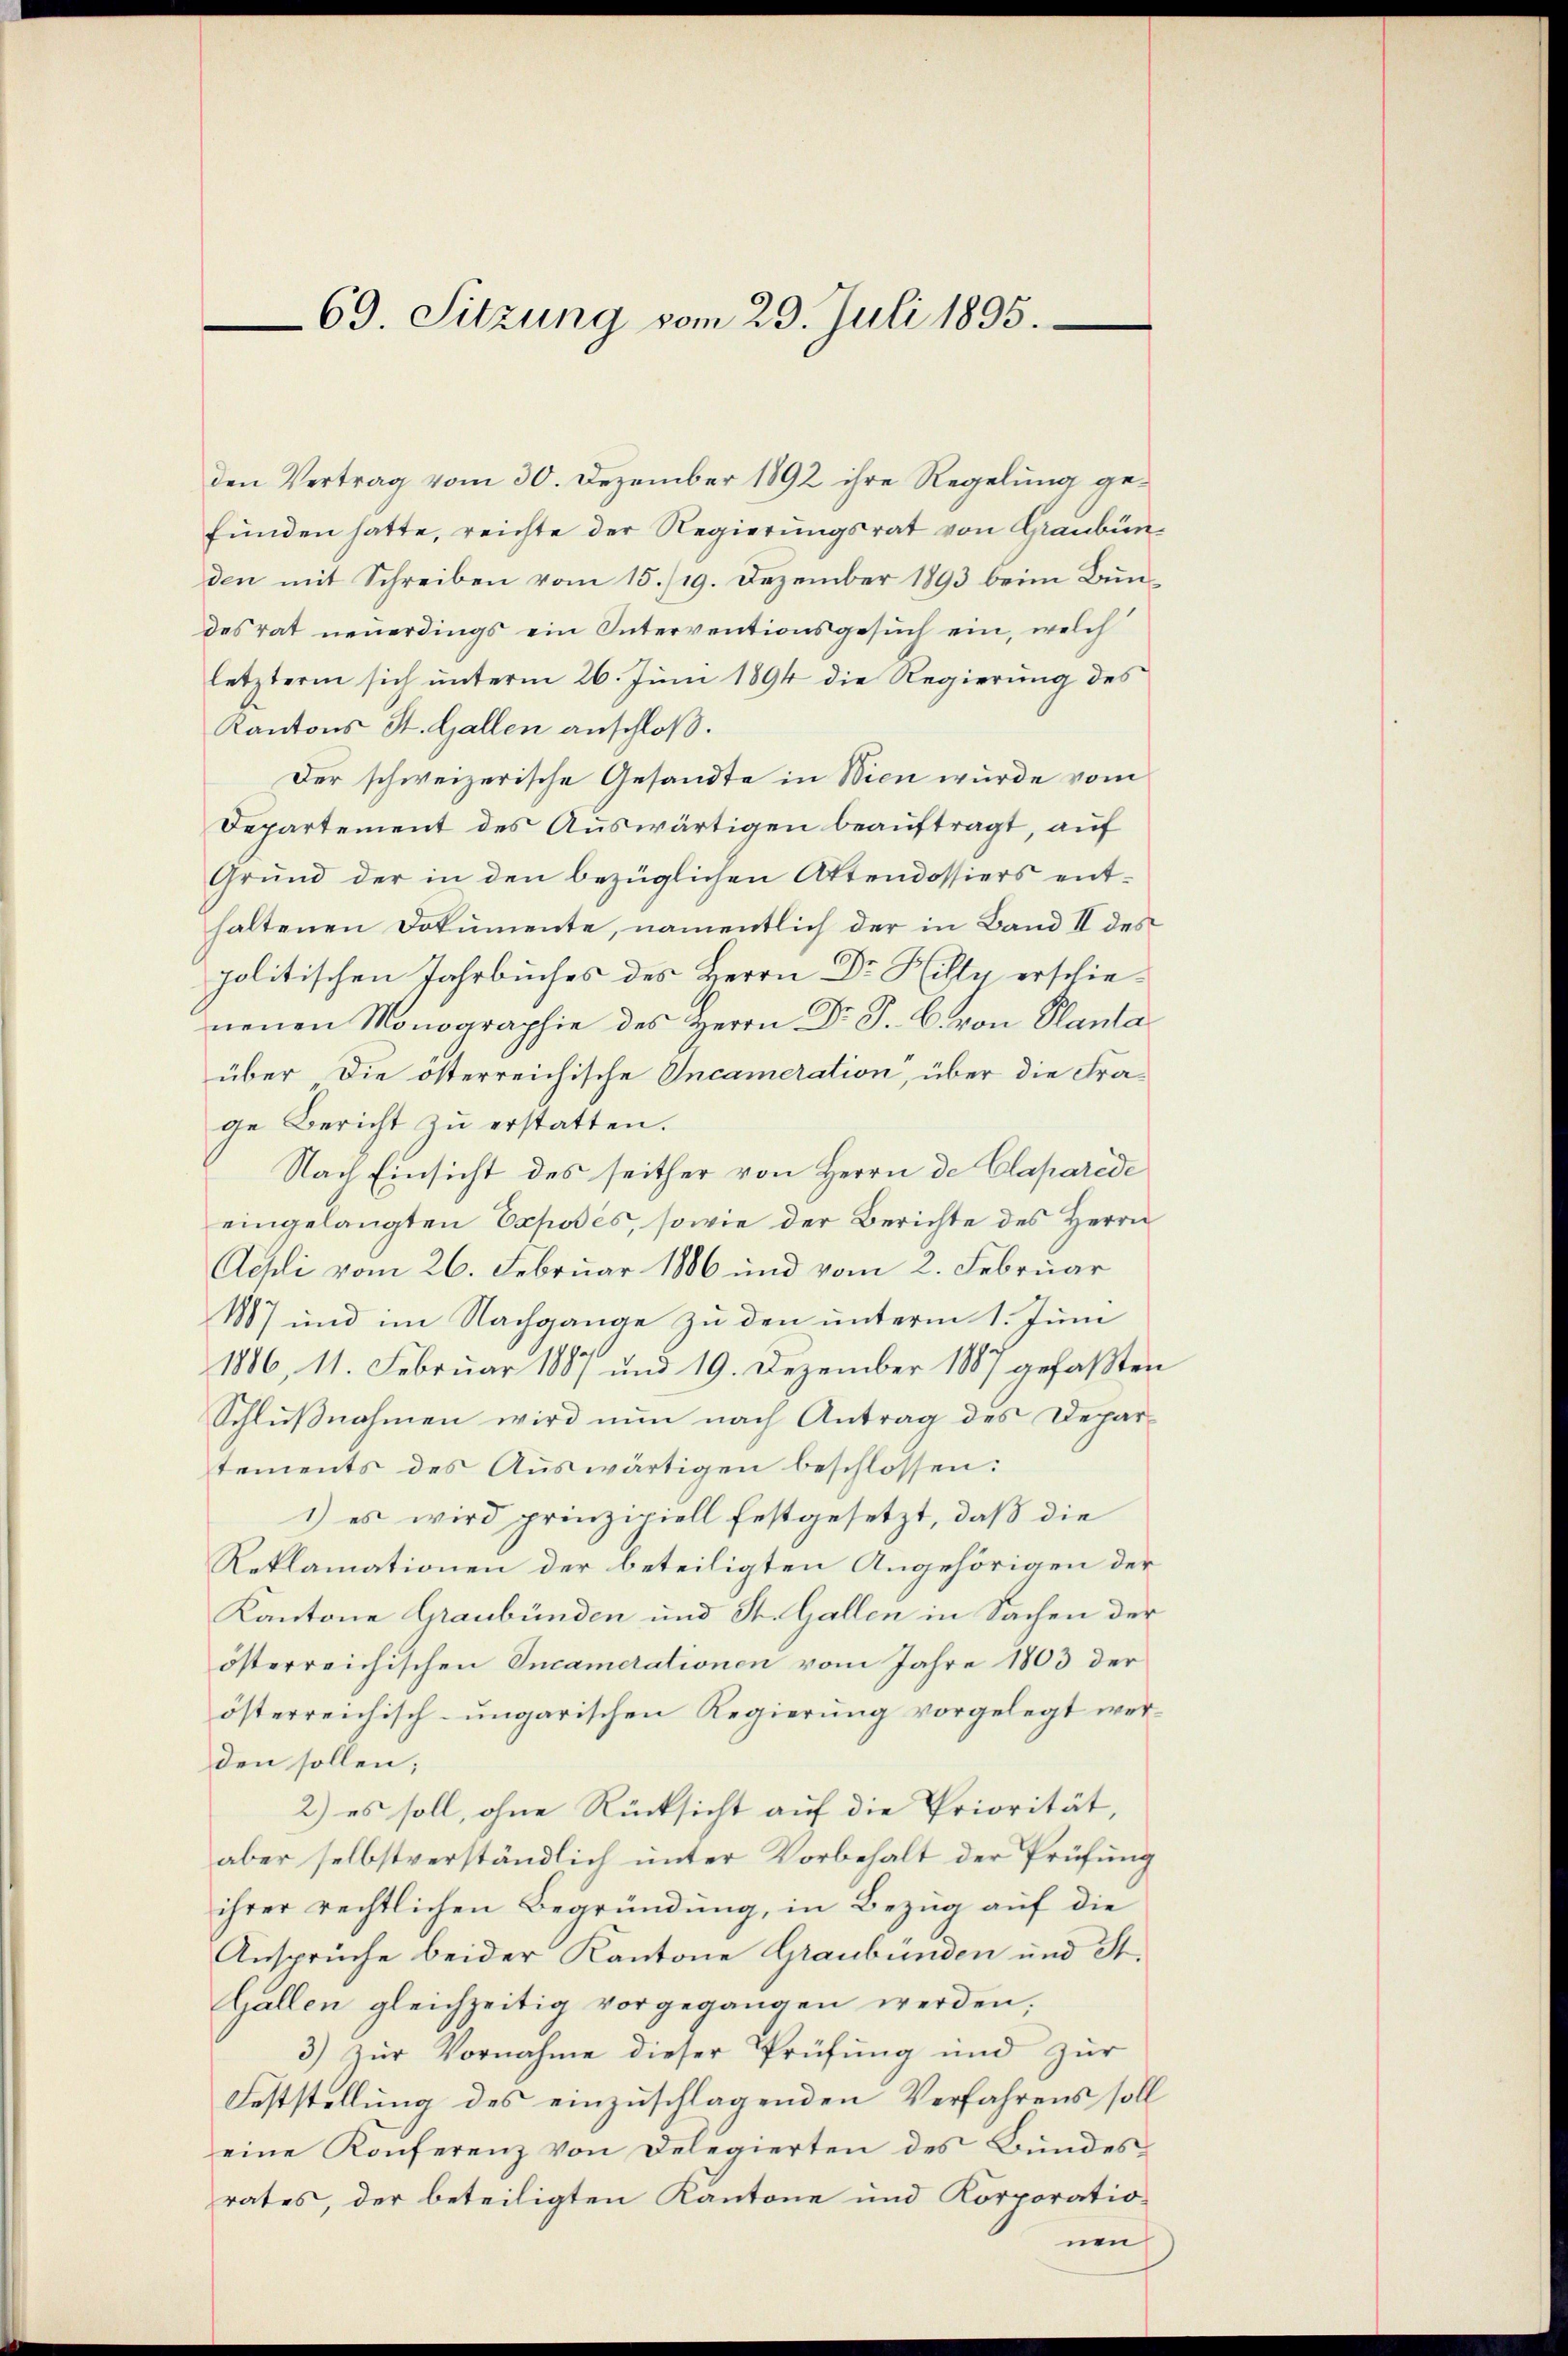
69. Sitzung vom 29. Juli 1895.

den Vertrag vom 30. Dezember 1892 ihre Regelung gefunden hatte, reichte der Regierungsrat von Graubünden mit Schreiben vom 15./19. Dezember 1893 beim Bun
des rat neuerdings ein Interventionsgesuch ein, welch
letzterm sich ŭnterm 26. Juni 1894 die Regierŭng des
Kantons St. Gallen anschloß.
Der schweizerische Gesandte in Wien wurde vom
Departement des Auswärtigen beauftragt, auf
Grund der in den bezüglichen Attendossiers enthaltenen Dokumente, namentlich der in Band II des
politischen Jahrbuches des Herrn Dr Hilty erschieneuen Monographie des Herrn Dr. P. C. von Planta
über die österreichische Incameration, über die Frage Bericht zu erstatten.
Nach Einsicht des seither von Herrn de Claparede
eingelangten Exposés, sowie der Berichte des Herrn
Aepli vom 26. Februar 1886 und vom 2. Februar
1887 und im Nachgange zu den unterm 1. Juni
1886, 11. Februar 1887 und 19. Dezember 1887 gefaßten
Schlußnahmen wird nun nach Antrag des Departements des Auswärtigen beschlossen:
1) es wird prinzipiell festgesetzt, daß die
Reklamationen der beteiligten Angehörigen der
Kantone Graubünden und St. Gallen in Sachen der
österreichischen Incamerationen vom Jahre 1803 der
österreichisch-ungarischen Regierung vorgelegt werden sollen;
2) es soll, ohne Rücksicht auf die Priorität,
aber selbstverständlich unter Vorbehalt der Prüfung
ihrer rechtlichen Begründung, in Bezug auf die
Ansprüche beider Kantone Graubünden und St.
Gallen gleichzeitig vorgegangen werden,
3) zur Vornahme dieser Prüfung und zur
Feststellung des einzuschlagenden Verfahrens soll
eine Konferenz von Delegierten des Bundesrates, der beteiligten Kantone und Korporationen